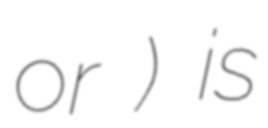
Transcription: or 小田) is